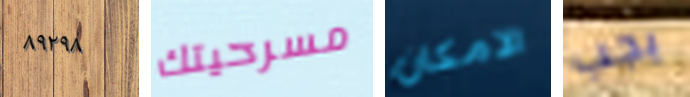
٨٩٢٩٨ مسرحيتك الامكان يجب